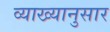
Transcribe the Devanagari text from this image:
व्याख्यानुसार